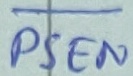
Text: PSEN